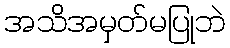
အသိအမှတ်မပြုဘဲ